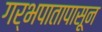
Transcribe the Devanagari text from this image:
गर्भपातापासून